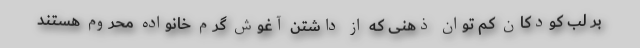
بر لب کودکان کم توان ذهنی که از داشتن آغوش گرم خانواده محروم هستند